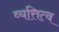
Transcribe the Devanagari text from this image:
व्यत्तित्व